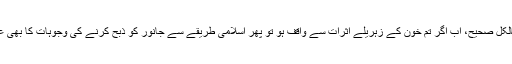
یونس: بالکل صحیح، اب اگر تم خون کے زہریلے اثرات سے واقف ہو تو پھر اسلامی طریقے سے جانور کو ذبح کرنے کی وجوہات کا بھی علم ہوگا؟